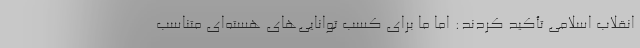
انقلاب اسلامی تأکید کردند: اما ما برای کسب توانایی‌های هسته‌ای متناسب